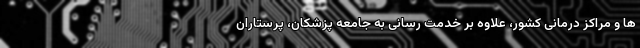
ها و مراکز درمانی کشور، علاوه بر خدمت ‌رسانی به جامعه پزشکان، پرستاران